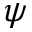
\psi